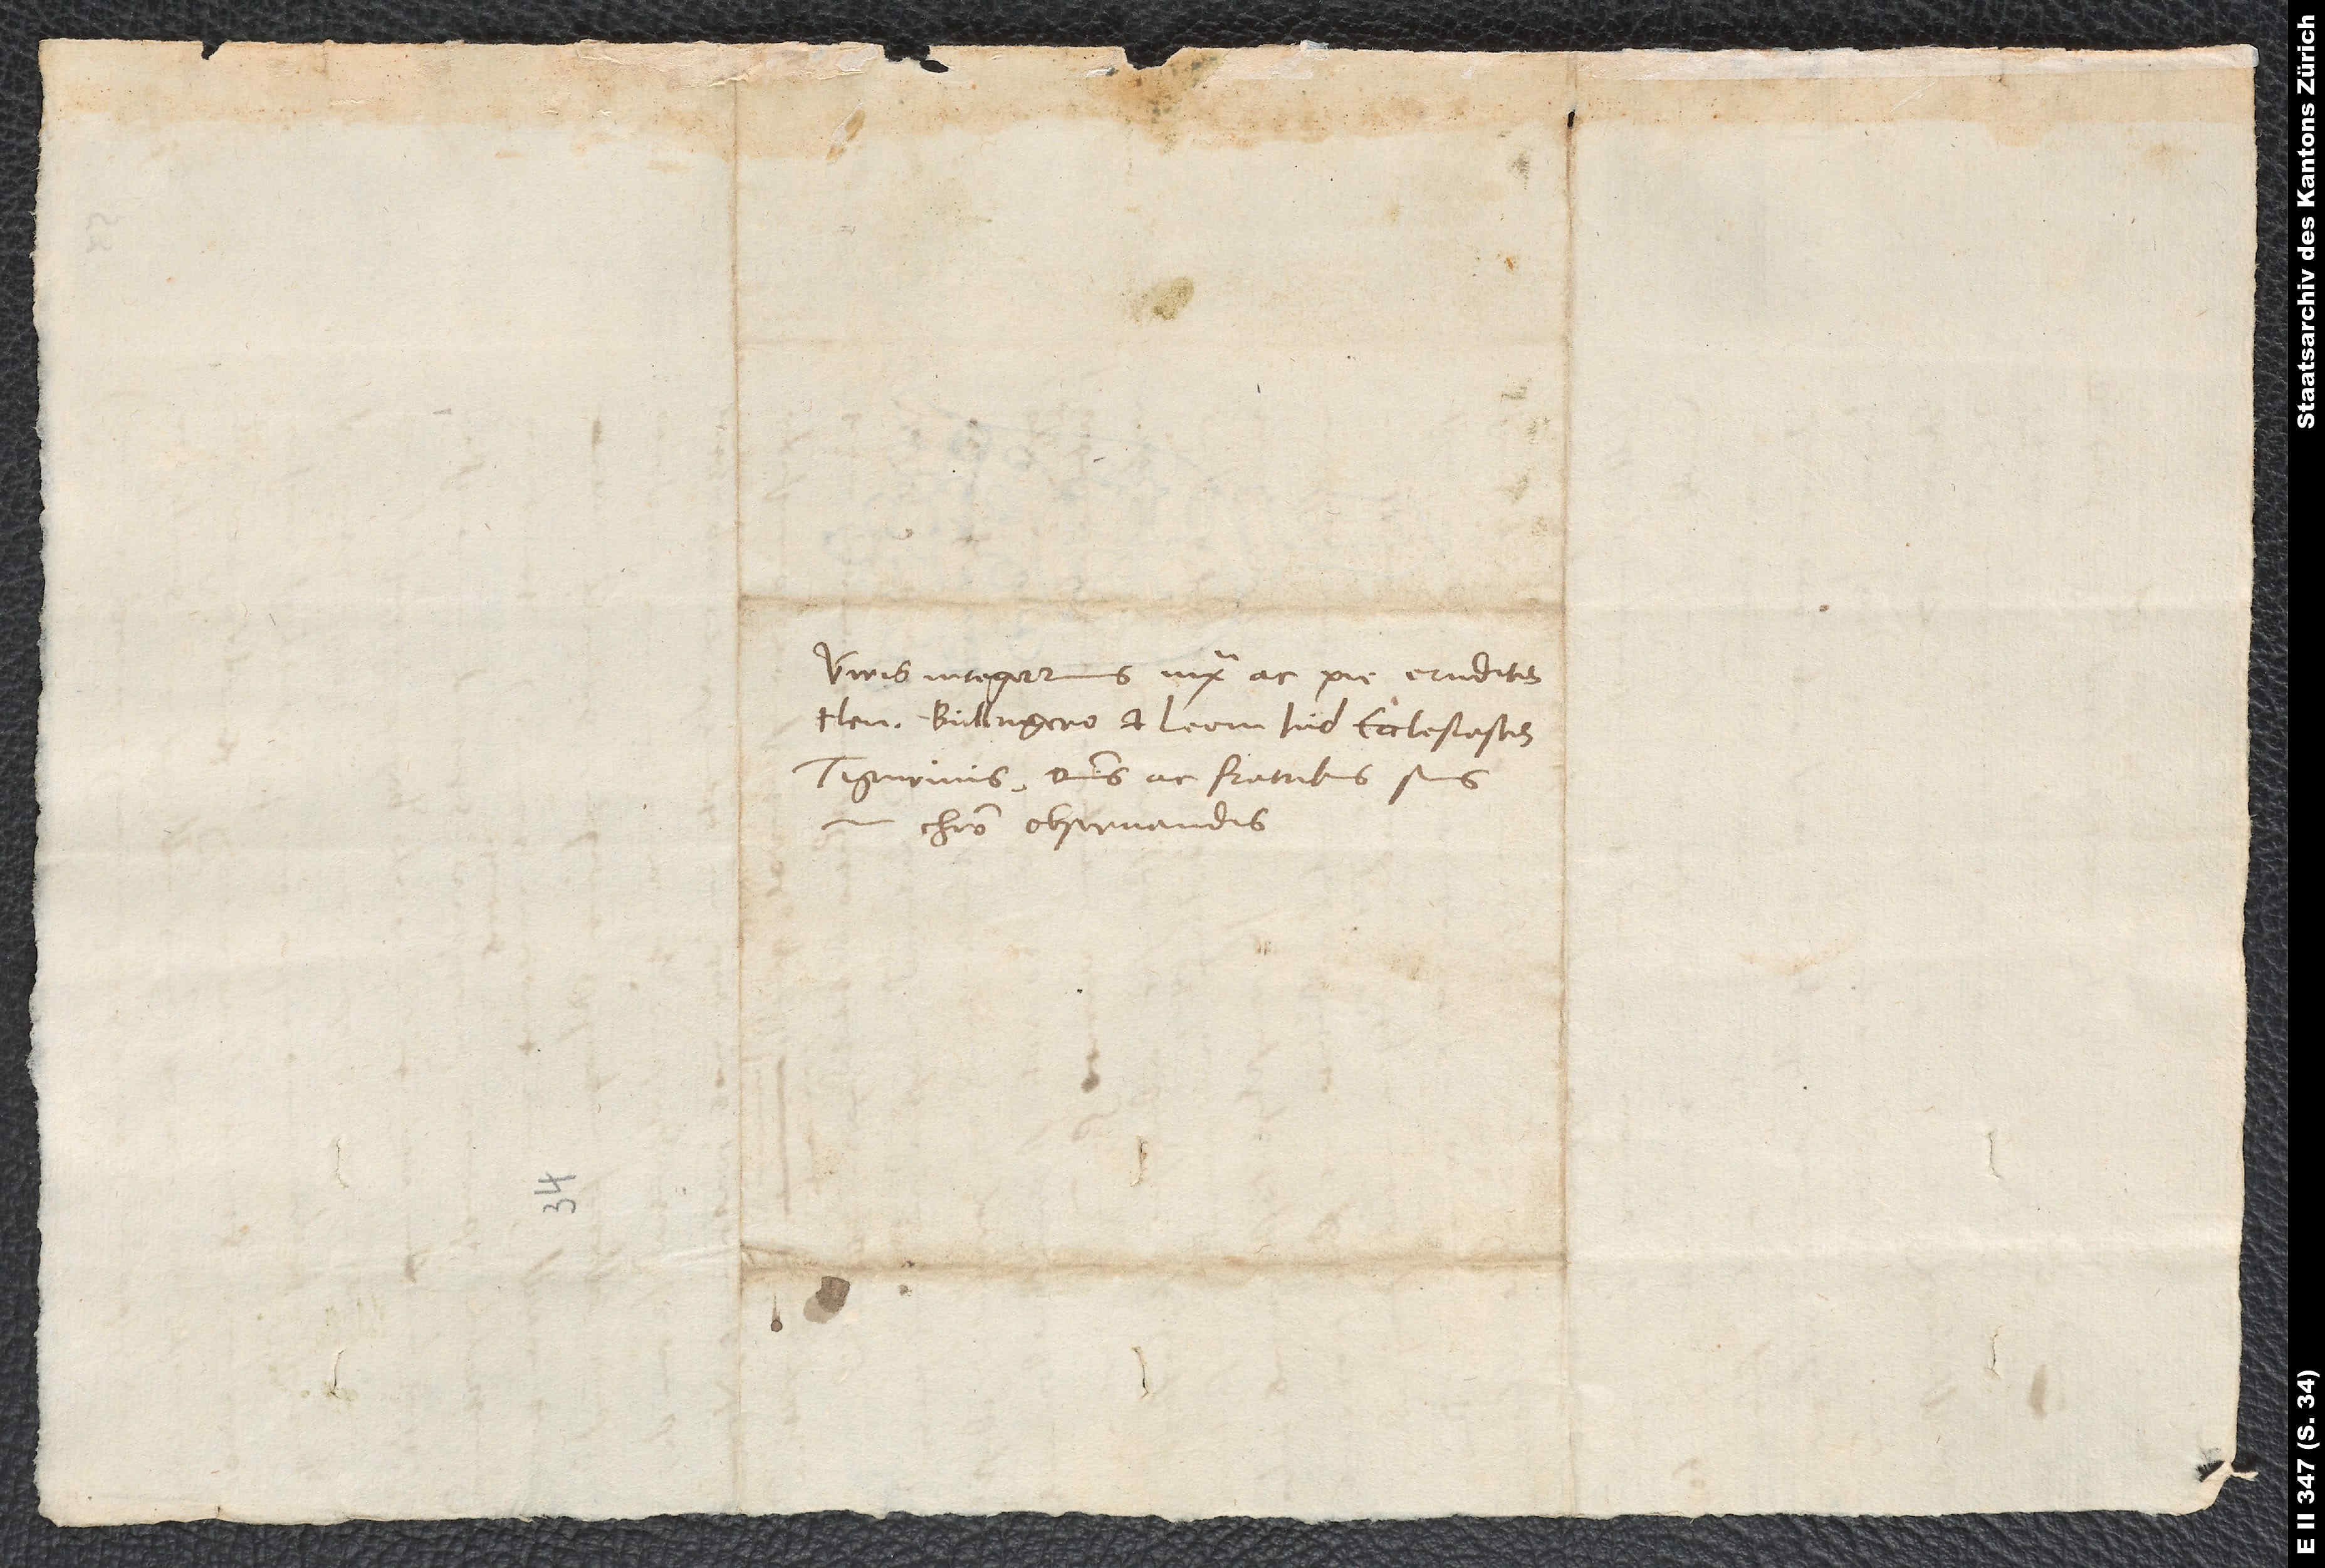
Viris integerrimis iuxta ac pie eruditis
Hen Bullingero et Leoni Jud, ecclesiastis
Tigurinis, dominis ac fratribus in
Christo observandis.